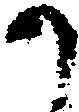
か